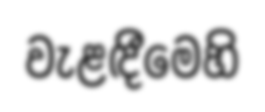
වැළඳීමෙහි